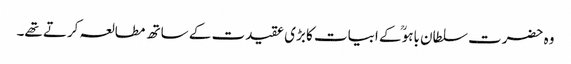
وہ حضرت سلطان باہوؒ کے ابیات کا بڑی عقیدت کے ساتھ مطالعہ کرتے تھے۔